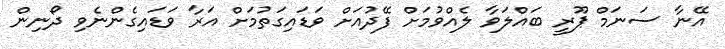
އޭނާ ސަނަމް ޕޫރީ ބައްލަވާ ލެއްވުމަށް ފޭދުއަށް ވަޑައިގަތުމަށް އަރާ ވަޑައިގެންނެވި ދޯނިން